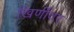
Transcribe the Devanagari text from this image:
खिर्णीवर